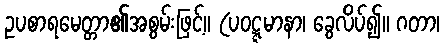
ဥပစာရမေတ္တာ၏အစွမ်းဖြင့်။ (ပဝဋ္ဋမာနာ၊ ခွေလိပ်၍။ ဂတာ၊